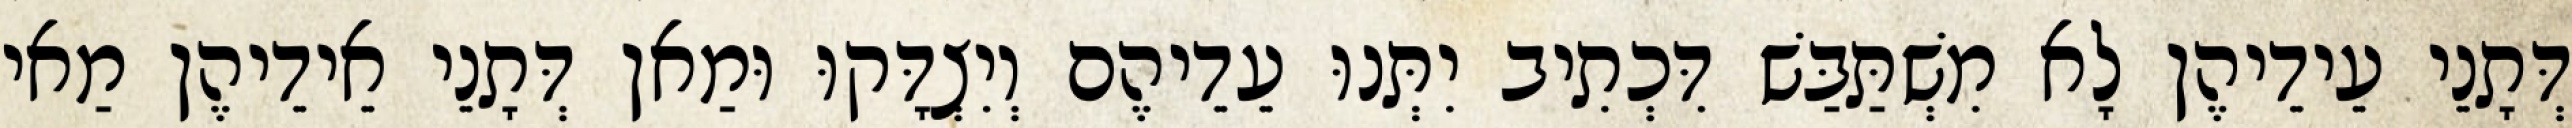
דְּתָנֵי עֵידֵיהֶן לָא מִשְׁתַּבַּשׁ דִּכְתִיב יִתְּנוּ עֵדֵיהֶם וְיִצְדָּקוּ וּמַאן דְּתָנֵי אֵידֵיהֶן מַאי